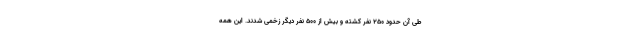
طی آن حدود ۲۵۰ نفر کشته و بیش از ۵۰۰ نفر دیگر زخمی شدند. این همه